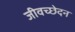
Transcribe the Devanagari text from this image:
जीवच्छेदन